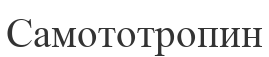
Самототропин